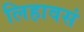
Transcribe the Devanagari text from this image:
लिहावसं